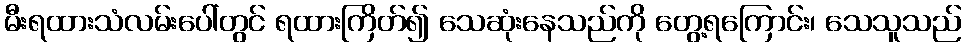
မီးရထားသံလမ်းပေါ်တွင် ရထားကြိတ်၍ သေဆုံးနေသည်ကို တွေ့ရကြောင်း၊ သေသူသည်